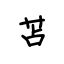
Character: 苫